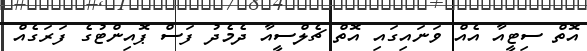
އޮތް ސިޓީއާ އެއް ވަނައިގައި އޮތް ޗެލްސީއާ ދެމެދު ފަސް ޕޮއިންޓުގެ ފަރަގެއް